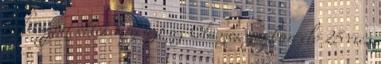
férfitagjai ölték meg azt az Olaszországban élő 25 éves